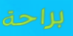
براحة